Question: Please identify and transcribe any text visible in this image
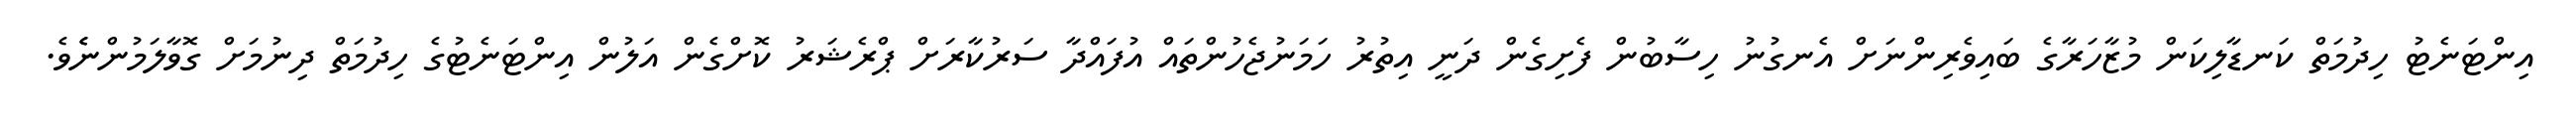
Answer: އިންޓަނެޓު ހިދުމަތް ކަނޑާލިކަން މުޒާހަރާގެ ބައިވެރިންނަށް އެނގުނު ހިސާބުން ފެށިގެން ދަނީ އިތުރު ހަމަނުޖެހުންތައް އުފައްދާ ސަރުކާރަށް ޕްރެޝަރު ކޮށްގެން އަލުން އިންޓަނެޓުގެ ހިދުމަތް ދިނުމަށް ގޮވާލަމުންނެެވެ.